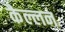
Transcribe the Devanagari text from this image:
कैल्लन